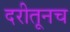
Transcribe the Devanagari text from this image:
दरीतूनच